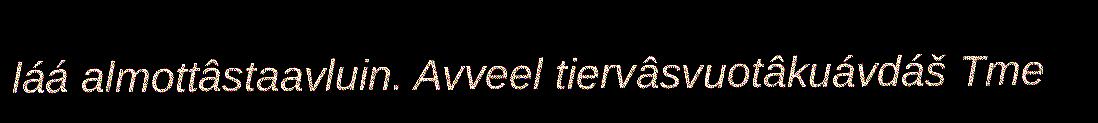
láá almottâstaavluin. Avveel tiervâsvuotâkuávdáš Tme